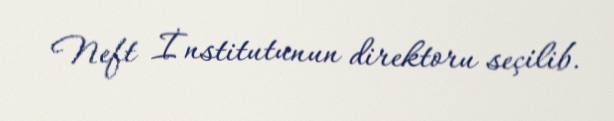
Neft İnstitutunun direktoru seçilib.